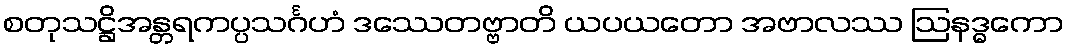
စတုသဋ္ဌိအန္တရကပ္ပသင်္ဂဟံ ဒဿေတဗ္ဗာတိ ယပယတော အဗာလဿ ဩနဒ္ဓကော